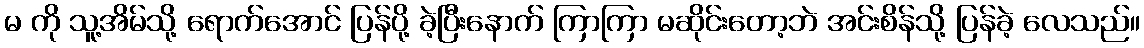
မ ကို သူ့အိမ်သို့ ရောက်အောင် ပြန်ပို့ ခဲ့ပြီးနောက် ကြာကြာ မဆိုင်းတော့ဘဲ အင်းစိန်သို့ ပြန်ခဲ့ လေသည်။